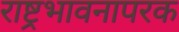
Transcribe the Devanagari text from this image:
राष्ट्रभावनापरक